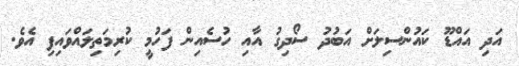
އަދި އައްޑޫ ކައުންސިލަށް އަބުދު ސޯދިގު އާއި ހުސެއިން ފަހުމީ ކުރިމަތިލައްވައިފި އެވެ.